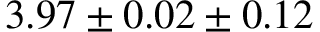
\phantom { 0 } { 3 . 9 7 \pm 0 . 0 2 \pm 0 . 1 2 }